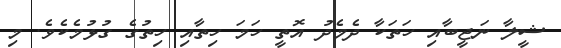
ޝީލާ ނަޖީބާއި ހަތަކާ ދެމެދު އޮތީ ހަމަ ހިތާއި ހިތުގެ ގުޅުމެކެވެ. މި